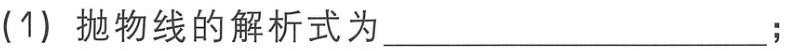
(1) 抛物线的解析式为____________________；